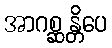
အာဂစ္ဆန္တိပေ